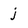
Character: j